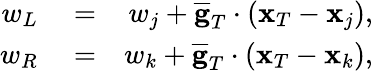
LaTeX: \begin{array}{rlr}{w_{L}}&{{}=}&{w_{j}+\overline{{\mathbf g}}_{T}\cdot({\mathbf x}_{T}-{\mathbf x}_{j}),}\\ {w_{R}}&{{}=}&{w_{k}+\overline{{\mathbf g}}_{T}\cdot({\mathbf x}_{T}-{\mathbf x}_{k}),}\end{array}